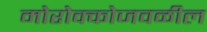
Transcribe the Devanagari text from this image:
मोरोक्कोजवळील